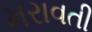
મરાવતી